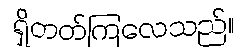
ရှိတတ်ကြလေသည်။